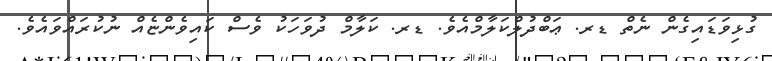
ގުޅިވަޑައިގެން ނެތް ޑރ. ޢަބްދުލްކަލާމްއެވެ. ޑރ. ކަލާމް ދުވަހަކު ވެސް ކައިވެންޏެއް ނުކުރައްވައެވެ.